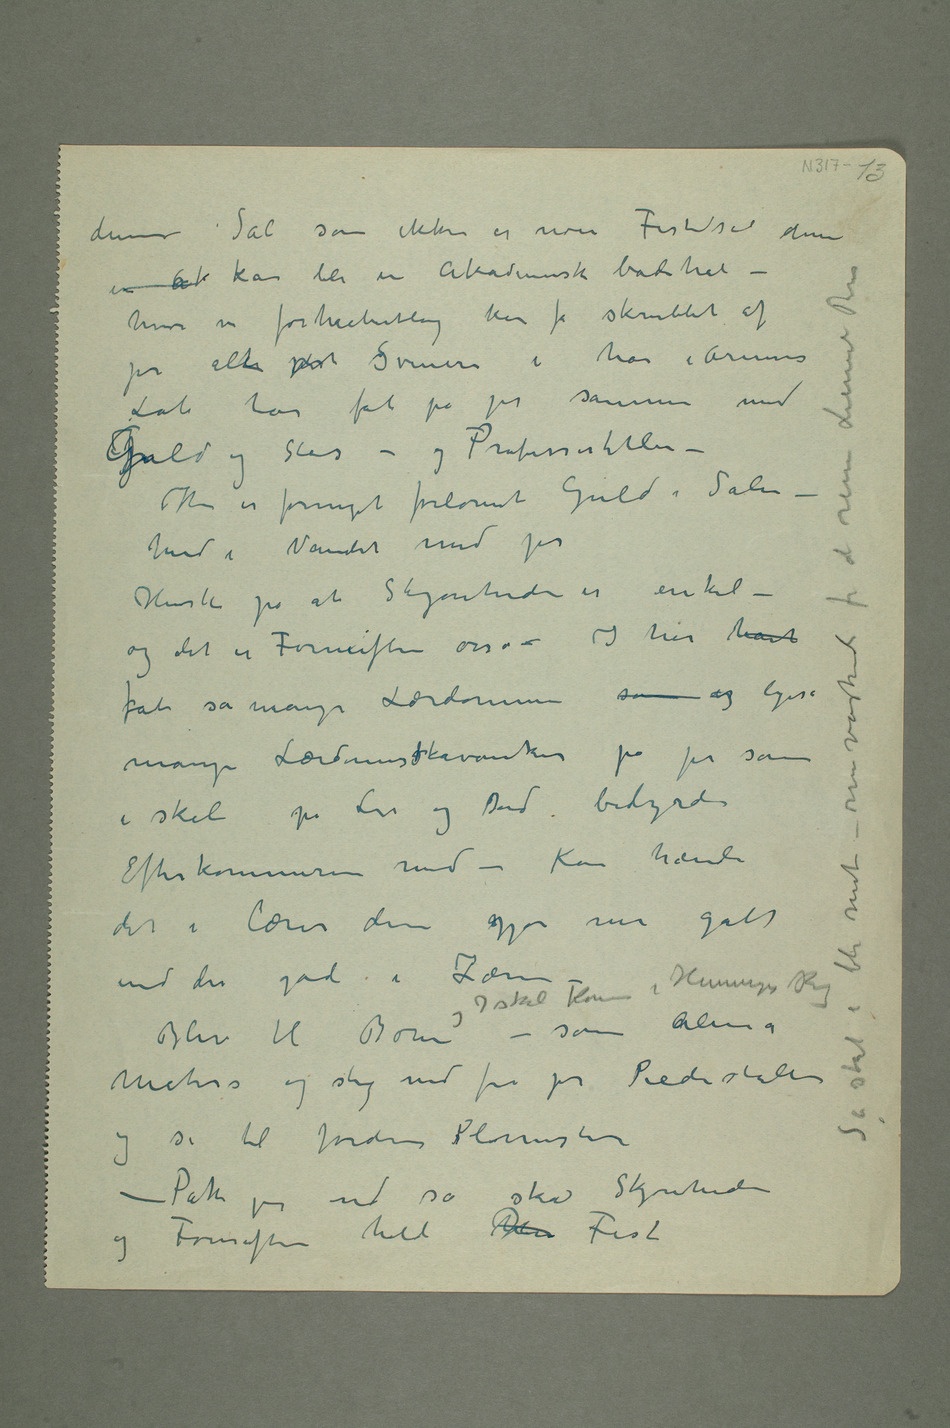
denne Sal  som ikke er noen Festsal den
Løb har fåt på jer sammen med
Guld og Stas – og Professortitler
– Her er formeget forlorent Guld i Salen –
Ind i Vandet med jer
Husk på at Skjønheden er enkel –
og det er Fornuften osså –
mange Lærdomskskavanker på jer som
i skal på Liv og Død bebyrde
det i lærer dem gjør mer galt
end det gode i Læren –
Maters og stig ned fra jer Piedestaller
og se til Jordens Blomster
– Pak jer ud så skal Skjønheden
og Fornuften holde  Fest Så skal i